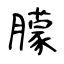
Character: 朦